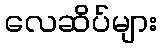
လေဆိပ်များ